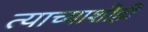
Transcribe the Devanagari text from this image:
त्याच्याशीही